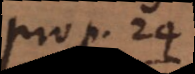
prop. 14,